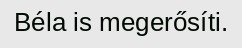
Béla is megerősíti.